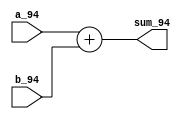
`timescale 1ns / 1ps
//////////////////////////////////////////////////////////////////////////////////
// Company: 
// Engineer: 
// 
// Design Name: 
// Module Name: fulladd4_behav
// Project Name: 
// Target Devices: 
// Tool Versions: 
// Description: 
// 
// Dependencies: 
// 
// Revision:
// Revision 0.01 - File Created
// Additional Comments:
// 
//////////////////////////////////////////////////////////////////////////////////


module fulladd4_behav(sum_94, a_94, b_94

    );
    
    input [3:0] a_94, b_94;
    output [4:0] sum_94;
    wire [4:0] sum_94;
    
    assign sum_94 = a_94 + b_94;
    
    
endmodule